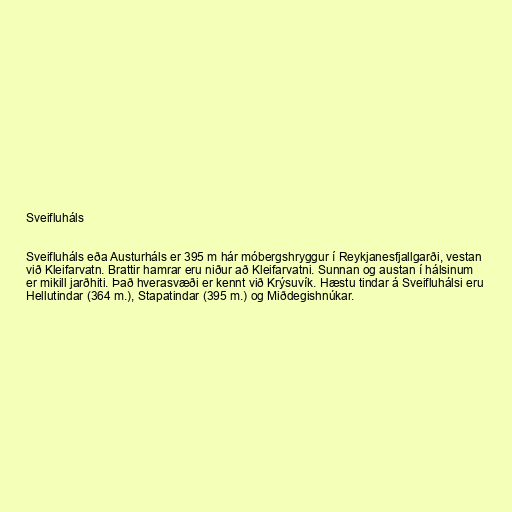
Sveifluháls

Sveifluháls eða Austurháls er 395 m hár móbergshryggur í Reykjanesfjallgarði, vestan
við Kleifarvatn. Brattir hamrar eru niður að Kleifarvatni. Sunnan og austan í hálsinum
er mikill jarðhiti. Það hverasvæði er kennt við Krýsuvík. Hæstu tindar á Sveifluhálsi eru
Hellutindar (364 m.), Stapatindar (395 m.) og Miðdegishnúkar.